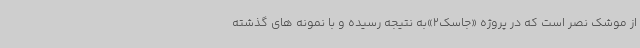
از موشک نصر است که در پروژه «جاسک2»به نتیجه رسیده و با نمونه های گذشته